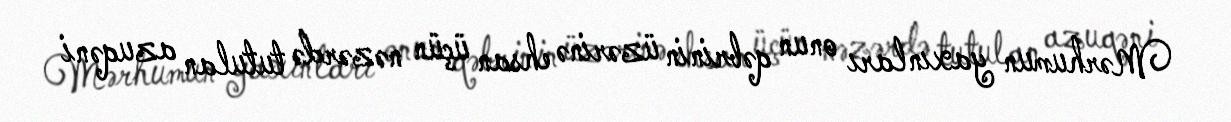
Mərhumun yaxınları onun qəbrinin üzərinə ehsan üçün nəzərdə tutulan azuqəni